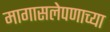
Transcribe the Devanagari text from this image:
मागासलेपणाच्या